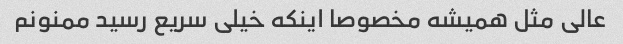
عالی مثل همیشه مخصوصا اینکه خیلی سریع رسید ممنونم